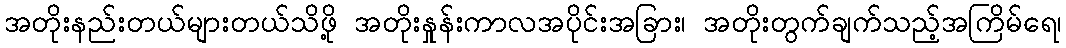
အတိုးနည်းတယ်များတယ်သိဖို့ အတိုးနှုန်းကာလအပိုင်းအခြား၊ အတိုးတွက်ချက်သည့်အကြိမ်ရေ၊